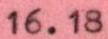
16.18